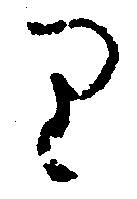
り